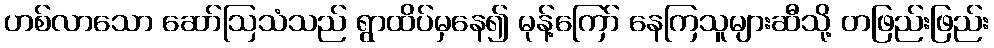
ဟစ်လာသော ဆော်ဩသံသည် ရွာထိပ်မှနေ၍ မုန့်ကြော် နေကြသူများဆီသို့ တဖြည်းဖြည်း